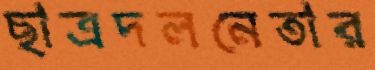
ছাত্রদলনেতার